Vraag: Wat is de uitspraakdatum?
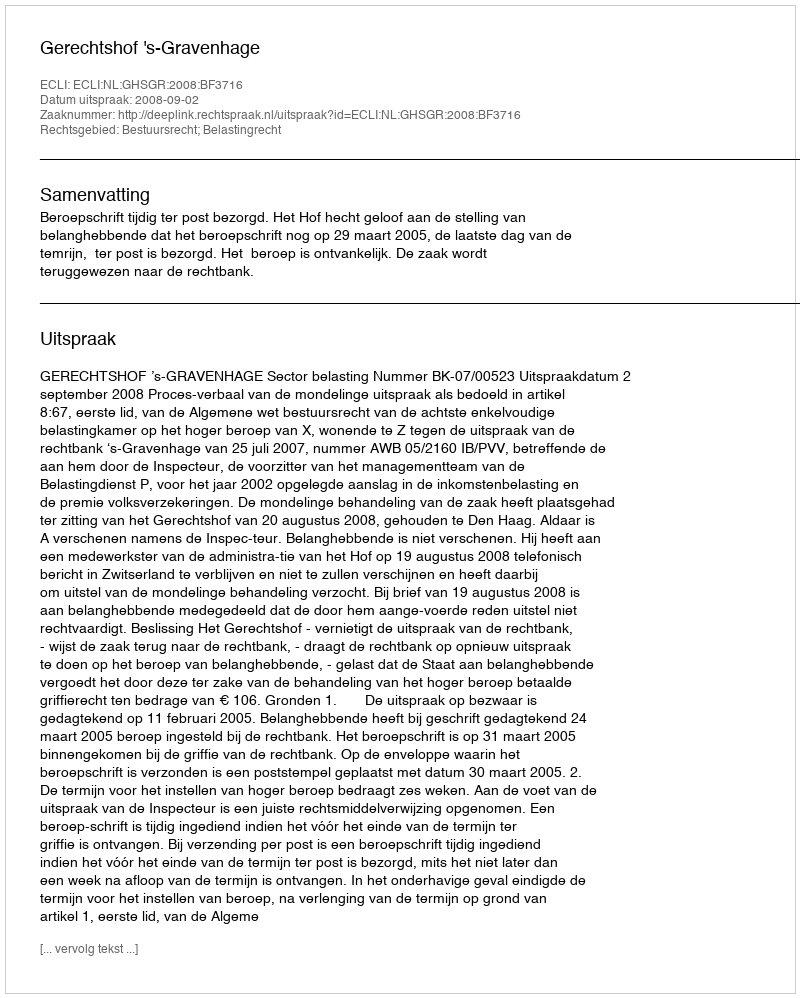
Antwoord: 2008-09-02